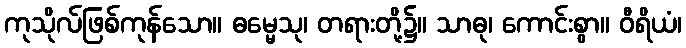
ကုသိုလ်ဖြစ်ကုန်သော။ ဓမ္မေသု၊ တရားတို့၌။ သာဓု၊ ကောင်းစွာ။ ဝီရိယံ၊